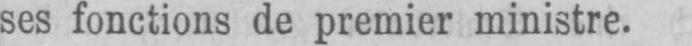
ses fonctions de premier ministre.